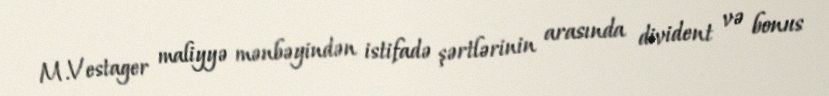
M.Vestager maliyyə mənbəyindən istifadə şərtlərinin arasında divident və bonus